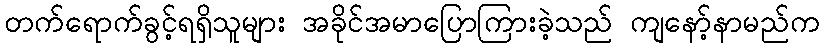
တက်ရောက်ခွင့်ရရှိသူများ အခိုင်အမာပြောကြားခဲ့သည် ကျနော့်နာမည်က